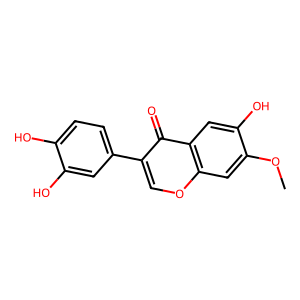
SMILES: COc1cc2occ(-c3ccc(O)c(O)c3)c(=O)c2cc1O
Inhibits HIV replication: No